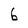
Character: b